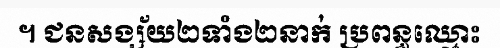
។ ជនសង្ស័យ២ទាំង២នាក់ ប្រពន្ធឈ្មោះ